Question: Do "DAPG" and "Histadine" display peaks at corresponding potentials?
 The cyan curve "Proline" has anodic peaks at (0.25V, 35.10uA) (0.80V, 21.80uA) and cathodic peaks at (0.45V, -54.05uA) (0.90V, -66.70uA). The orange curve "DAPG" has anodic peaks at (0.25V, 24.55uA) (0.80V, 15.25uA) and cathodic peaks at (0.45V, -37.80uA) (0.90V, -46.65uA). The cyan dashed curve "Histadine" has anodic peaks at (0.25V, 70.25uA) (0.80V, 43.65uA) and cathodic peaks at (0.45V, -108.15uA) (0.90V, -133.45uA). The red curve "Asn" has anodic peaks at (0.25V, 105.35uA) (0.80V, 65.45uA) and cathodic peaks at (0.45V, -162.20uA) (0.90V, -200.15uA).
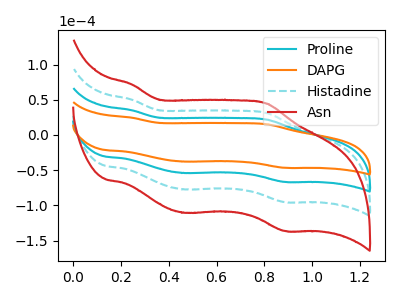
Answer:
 <answer>Yes, "DAPG" have a peak in "Histadine" at the same potential.</answer>
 <eval>match</eval>